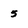
Character: 5